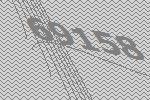
69158